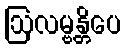
ဩလမ္ဗန္တိပေ